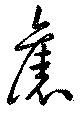
旧